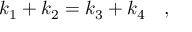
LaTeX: k _ { 1 } + k _ { 2 } = k _ { 3 } + k _ { 4 } \quad ,